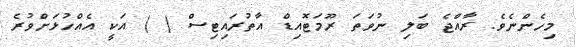
މިހެންނެވެ. ރާއްޖެ ބަލި ނުވަތަ ރޫމަޓޮއިޑް އާތުރައިޓިސް ( ) އަކީ އެއްހުޅަށްވުރެ